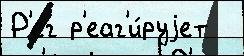
Р'ег р'еаг'и́руjет